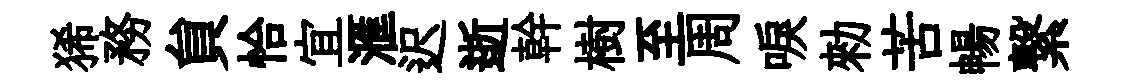
狶務貟恰宜滙迟逝幹樹至周唳勑苦暢繋